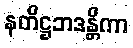
နတိဋ္ဌဘဒန္တိကာ